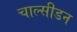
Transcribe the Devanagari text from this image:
चाल्सीडन